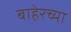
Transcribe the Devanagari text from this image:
बाहेरच्‍या